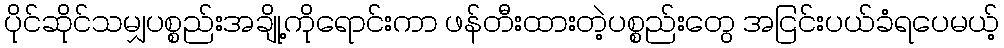
ပိုင်ဆိုင်သမျှပစ္စည်းအချို့ကိုရောင်းကာ ဖန်တီးထားတဲ့ပစ္စည်းတွေ အငြင်းပယ်ခံရပေမယ့်